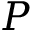
P